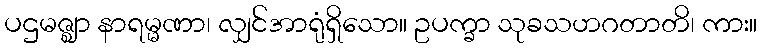
ပဌမဇ္ဈာ နာရမ္မဏာ၊ လျှင်အာရုံရှိသော။ ဥပက္ခာ သုခသဟဂတာတိ၊ ကား။